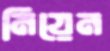
মিয়েন